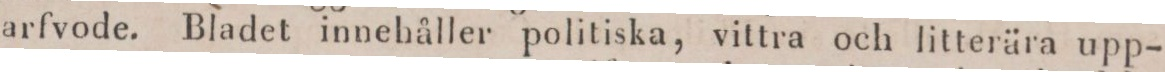
arfvode. Bladet innehåller politiska, vittra och litterära upp-